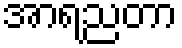
အာရညတာ